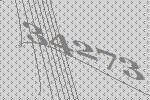
34273